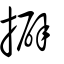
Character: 擗